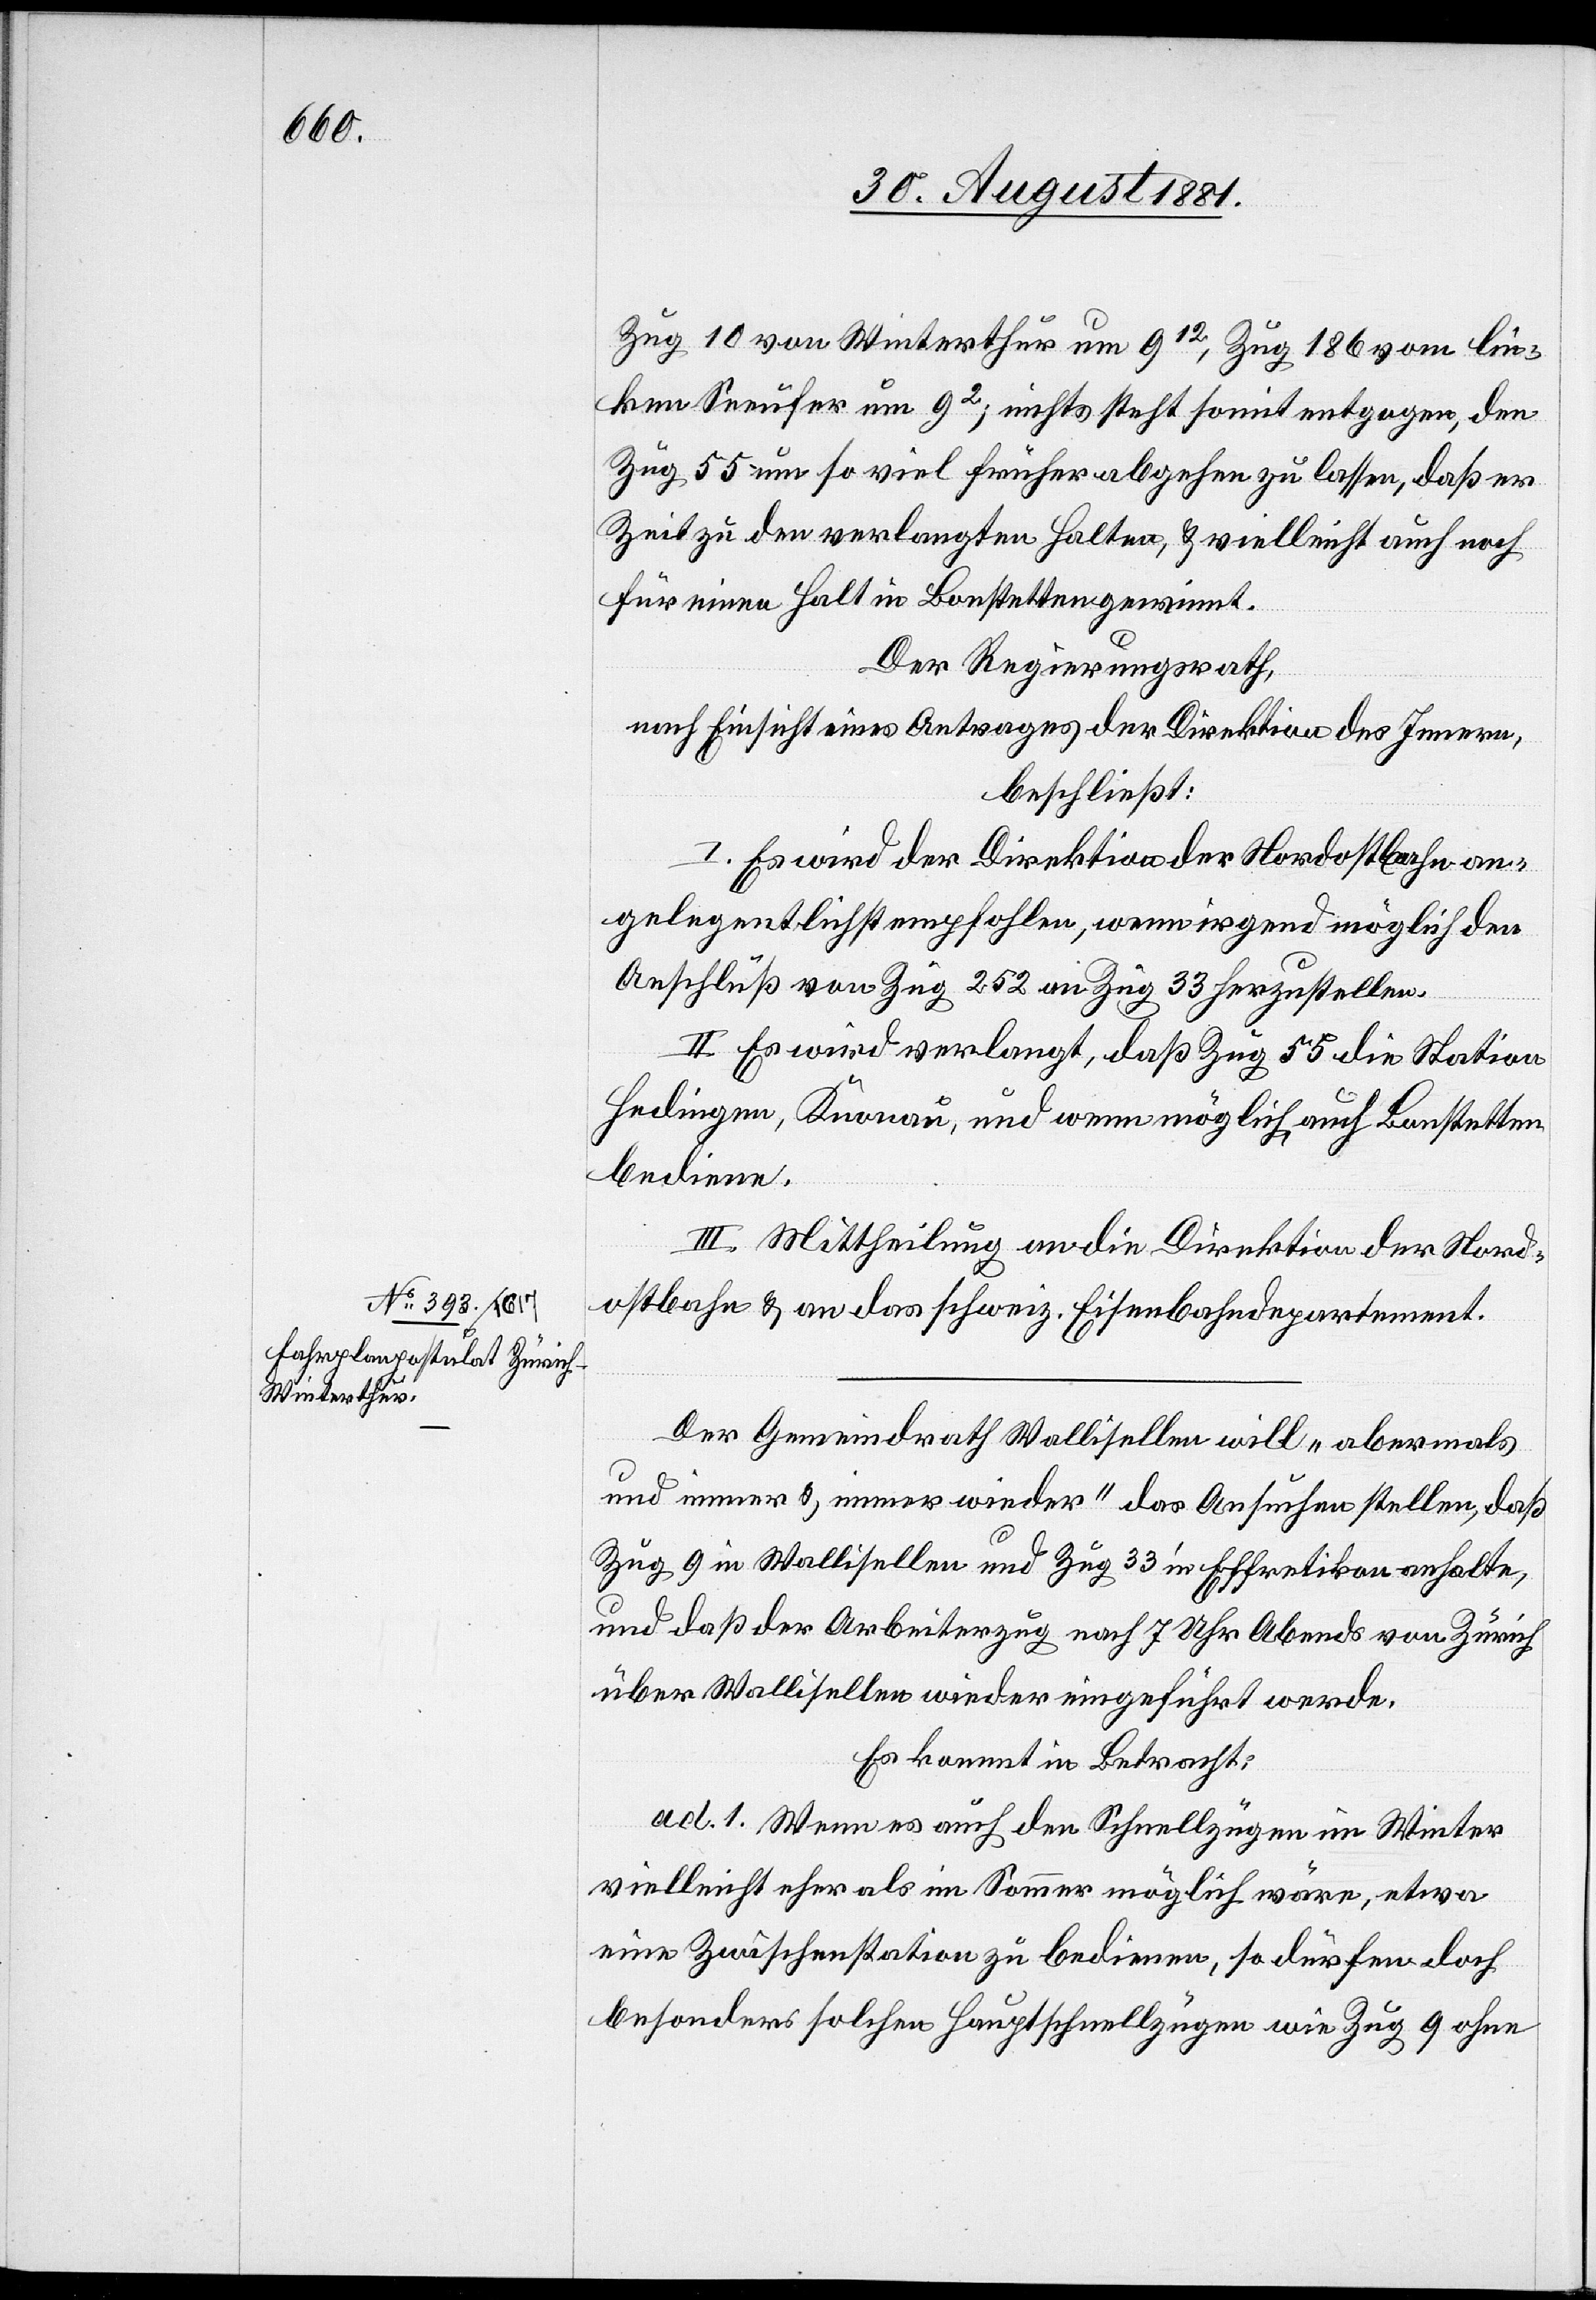
Zug 10 von Winterthur um 912, Zug 186 vom lin¬
ken Seeufer um 92; nichts steht somit entgegen, den
Zug 55 um so viel früher abgehen zu lassen, daß er
Zeit zu den verlangten Halten, & vielleicht auch noch
für einen Halt in Bonstetten gewinnt.
Der Regierungsrath,
nach Einsicht eines Antrages der Direktion des Innern,
beschließt:
I. Es wird der Direktion der Nordostbahn an¬
gelegentlichst empfohlen, wenn irgend möglich den
Anschluß von Zug 252 an Zug 33 herzustellen.
II. Es wird verlangt, daß Zug 55 die Station
Hedingen, Knonau, und wenn möglich auch Bonstetten
bediene.
III. Mittheilung an die Direktion der Nord¬
ostbahn & an das schweiz. Eisenbahndepartement.
Der Gemeindrath Wallisellen will „abermals
und immer & immer wieder“ das Gesuche stellen, daß
Zug 9 in Wallisellen und Zug 33 in Effretikon anhalte,
und daß der Arbeiterzug nach 7 Uhr Abends von Zürich
über Wallisellen wieder eingeführt werde.
Es kommt in Betracht:
ad. 1. Wenn es auch den Schnellzügen im Winter
vielleicht eher als im Sommer möglich wäre, etwa
eine Zwischenstation zu bedienen, so dürfen doch
besonders solche Hauptschnellzüge wie Zug 9 ohne